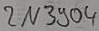
Text: 2N304